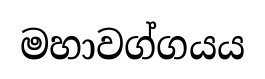
මහාවග්ගයය